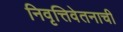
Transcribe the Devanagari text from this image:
निवृत्तिवेतनाची